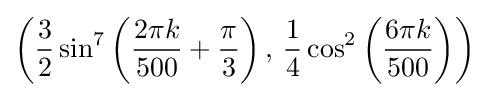
\left({\frac {3}{2}}\sin ^{7}\left({\frac {2\pi k}{500}}+{\frac {\pi }{3}}\right),\,{\frac {1}{4}}\cos ^{2}\left({\frac {6\pi k}{500}}\right)\right)